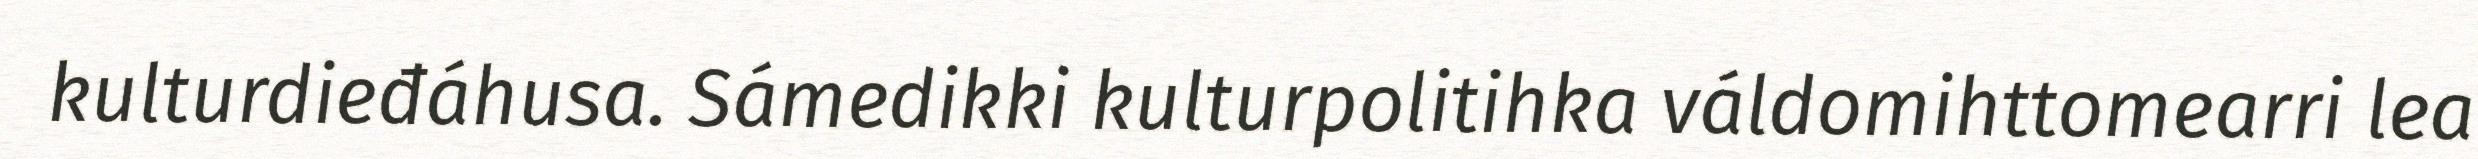
kulturdieđáhusa. Sámedikki kulturpolitihka váldomihttomearri lea